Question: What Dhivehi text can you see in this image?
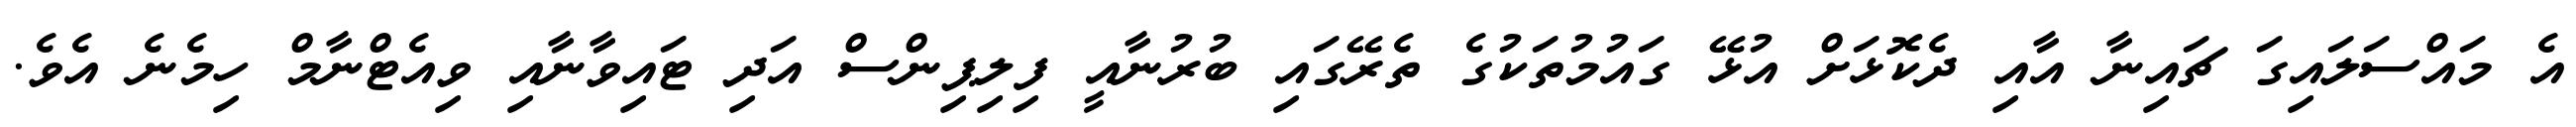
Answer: އެ މައްސަލައިގަ ޗައިނާ އާއި ދެކޮޅަށް އުޅޭ ގައުމުތަކުގެ ތެރޭގައި ބުރުނާއީ ފިލިޕިންސް އަދި ޓައިވާނާއި ވިއެޓްނާމް ހިމެނެ އެވެ.